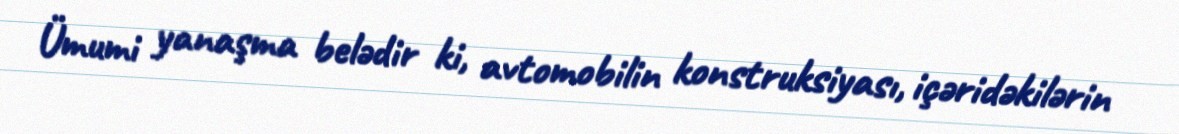
Ümumi yanaşma belədir ki, avtomobilin konstruksiyası, içəridəkilərin